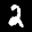
Label: 2